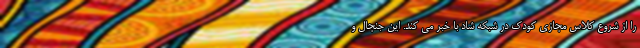
را از شروع کلاس مجازی کودک در شبکه شاد با خبر می کند. این جنجال و